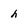
Character: h